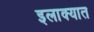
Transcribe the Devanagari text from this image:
इलाक्यात